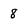
Character: 8